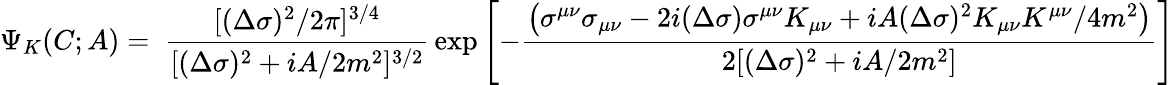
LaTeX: \Psi_{K}(C;A)=\ {\frac{[(\Delta\sigma)^{2}/2\pi]^{3/4}}{[(\Delta\sigma)^{2}+iA/2m^{2}]^{3/2}}}\exp\left[-{\frac{\left(\sigma^{\mu\nu}\sigma_{\mu\nu}-2i(\Delta\sigma)\sigma^{\mu\nu}K_{\mu\nu}+iA(\Delta\sigma)^{2}K_{\mu\nu}K^{\mu\nu}/4m^{2}\right)}{2[(\Delta\sigma)^{2}+iA/2m^{2}]}}\right]